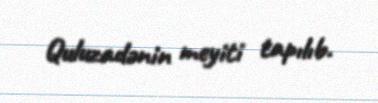
Quluzadənin meyiti tapılıb.